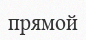
прямой